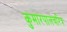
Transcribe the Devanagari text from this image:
कुमारपालचरित्र